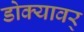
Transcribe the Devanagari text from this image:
डोक्यावर्